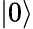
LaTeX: \left|0\right\rangle